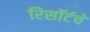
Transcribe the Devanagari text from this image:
रिसॉर्टचे